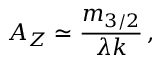
{ \cal A } _ { Z } \simeq \frac { m _ { 3 / 2 } } { \lambda k } \, ,